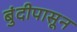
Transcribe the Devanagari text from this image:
बुंदीपासून